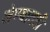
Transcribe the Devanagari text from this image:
लेण्यातही